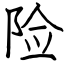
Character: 险